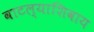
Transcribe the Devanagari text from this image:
वाटल्याशिवाय